Civil Veterinary Department. Madras. Admin. report 1910-25 - 1910-1925
Year: 1910
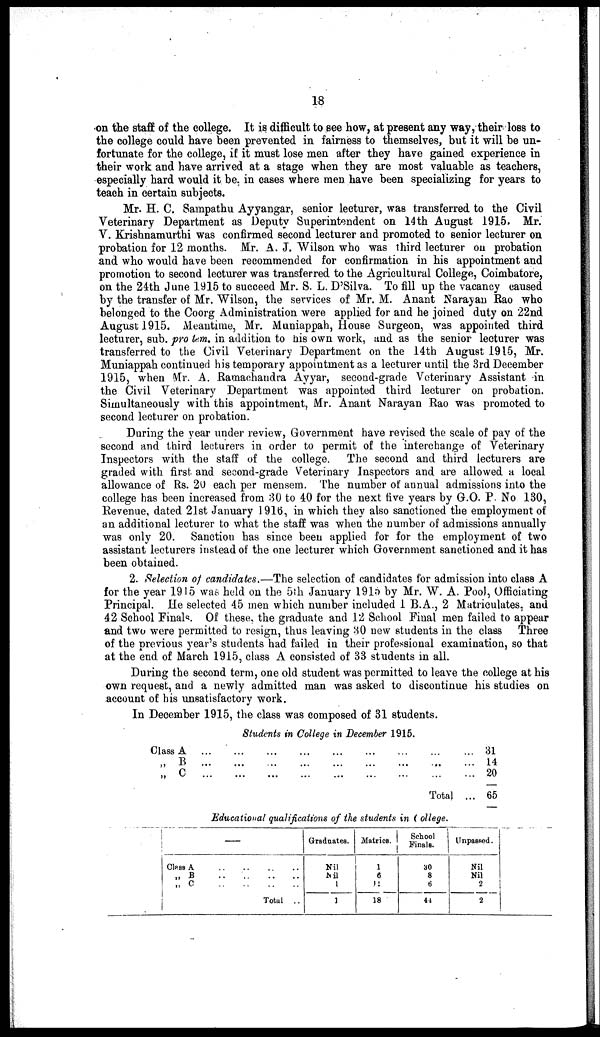
18
on the staff of the college. It is difficult to see how, at present any way, their loss to
the college could have been prevented in fairness to themselves, but it will be un-
fortunate for the college, if it must lose men after they have gained experience in
their work and have arrived at a stage when they are most valuable as teachers,
especially hard would it be, in cases where men have been specializing for years to
teach in certain subjects.
Mr. H. C. Sampathu Ayyangar, senior lecturer, was transferred to the Civil
Veterinary Department as Deputy Superintendent on 14th August 1915. Mr.
V. Krishnamurthi was confirmed second lecturer and promoted to senior lecturer on
probation for 12 months. Mr. A. J. Wilson who was third lecturer on probation
and who would have been recommended for confirmation in his appointment and
promotion to second lecturer was transferred to the Agricultural College, Coimbatore,
on the 24th June 1915 to succeed Mr. S. L. D'Silva. To fill up the vacancy caused
by the transfer of Mr. Wilson, the services of Mr. M. Anant Narayan Rao who
belonged to the Coorg Administration were applied for and he joined duty on 22nd
August 1915. Meantime, Mr. Muniappah, House Surgeon, was appointed third
lecturer, sub. pro tem. in addition to his own work, and as the senior lecturer was
transferred to the Civil Veterinary Department on the 14th August 1915, Mr.
Muniappah continued his temporary appointment as a lecturer until the 3rd December
1915, when Mr. A. Ramachandra Ayyar, second-grade Veterinary Assistant in
the Civil Veterinary Department was appointed third lecturer on probation.
Simultaneously with this appointment, Mr. Anant Narayan Rao was promoted to
second lecturer on probation.
During the year under review, Government have revised the scale of pay of the
second and third lecturers in order to permit of the interchange of Veterinary
Inspectors with the staff of the college. The second and third lecturers are
graded with first and second-grade Veterinary Inspectors and are allowed a local
allowance of Rs. 20 each per mensem. The number of annual admissions into the
college has been increased from 30 to 40 for the next five years by G.O. P. No 130,
Revenue, dated 21st January 1916, in which they also sanctioned the employment of
an additional lecturer to what the staff was when the number of admissions annually
was only 20. Sanction has since been applied for for the employment of two
assistant lecturers instead of the one lecturer which Government sanctioned and it has
been obtained.
2. Selection of candidates.—The selection of candidates for admission into class A
for the year 1915 was held on the 5th January 1915 by Mr. W. A. Pool, Officiating
Principal. He selected 45 men which number included 1 B.A., 2 Matriculates, and
42 School Finals. Of these, the graduate and 12 School Final men failed to appear
and two were permitted to resign, thus leaving 30 new students in the class Three
of the previous year's students had failed in their professional examination, so that
at the end of March 1915, class A consisted of 33 students in all.
During the second term, one old student was permitted to leave the college at his
own request, and a newly admitted man was asked to discontinue his studies on
account of his unsatisfactory work.
In December 1915, the class was composed of 31 students.
Students in College in December 1915.
Class A ... ... ... ... ... ... ... ... ...
„
B ... ... ... ... ... ... ... ... ...
„ C ... ... ... ... ... ... ... ... ...
Total ...
31
14
20
65
Educational qualifications of the students in College.
—
Class A
..
..
..
..
„ B
..
..
..
..
„ C .. .. .. ..
Total ..
Graduates.
Nil
Nil
1
1
Matrics.
1
6
14
18
School
Finals.
30
8
6
44
Unpassed.
Nil
Nil
2
2